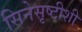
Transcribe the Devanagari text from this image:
सिनेसृष्टीशी